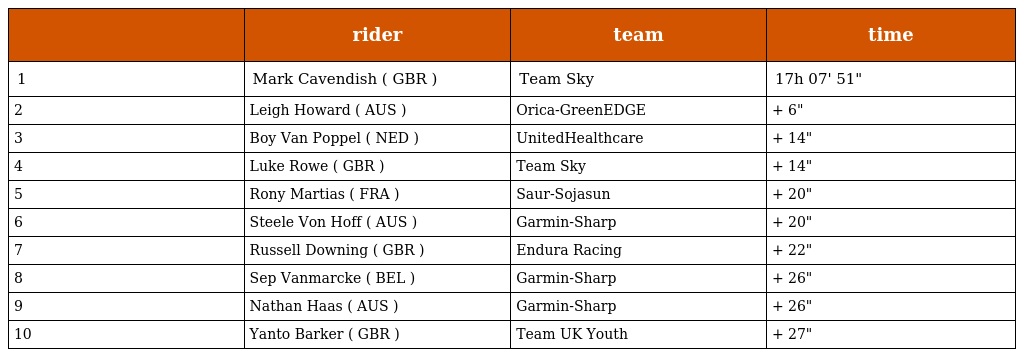
|  | rider | team | time |
 | --- | --- | --- | --- |
 | 1 | Mark Cavendish ( GBR ) | Team Sky | 17h 07' 51" |
 | 2 | Leigh Howard ( AUS ) | Orica-GreenEDGE | + 6" |
 | 3 | Boy Van Poppel ( NED ) | UnitedHealthcare | + 14" |
 | 4 | Luke Rowe ( GBR ) | Team Sky | + 14" |
 | 5 | Rony Martias ( FRA ) | Saur-Sojasun | + 20" |
 | 6 | Steele Von Hoff ( AUS ) | Garmin-Sharp | + 20" |
 | 7 | Russell Downing ( GBR ) | Endura Racing | + 22" |
 | 8 | Sep Vanmarcke ( BEL ) | Garmin-Sharp | + 26" |
 | 9 | Nathan Haas ( AUS ) | Garmin-Sharp | + 26" |
 | 10 | Yanto Barker ( GBR ) | Team UK Youth | + 27" |